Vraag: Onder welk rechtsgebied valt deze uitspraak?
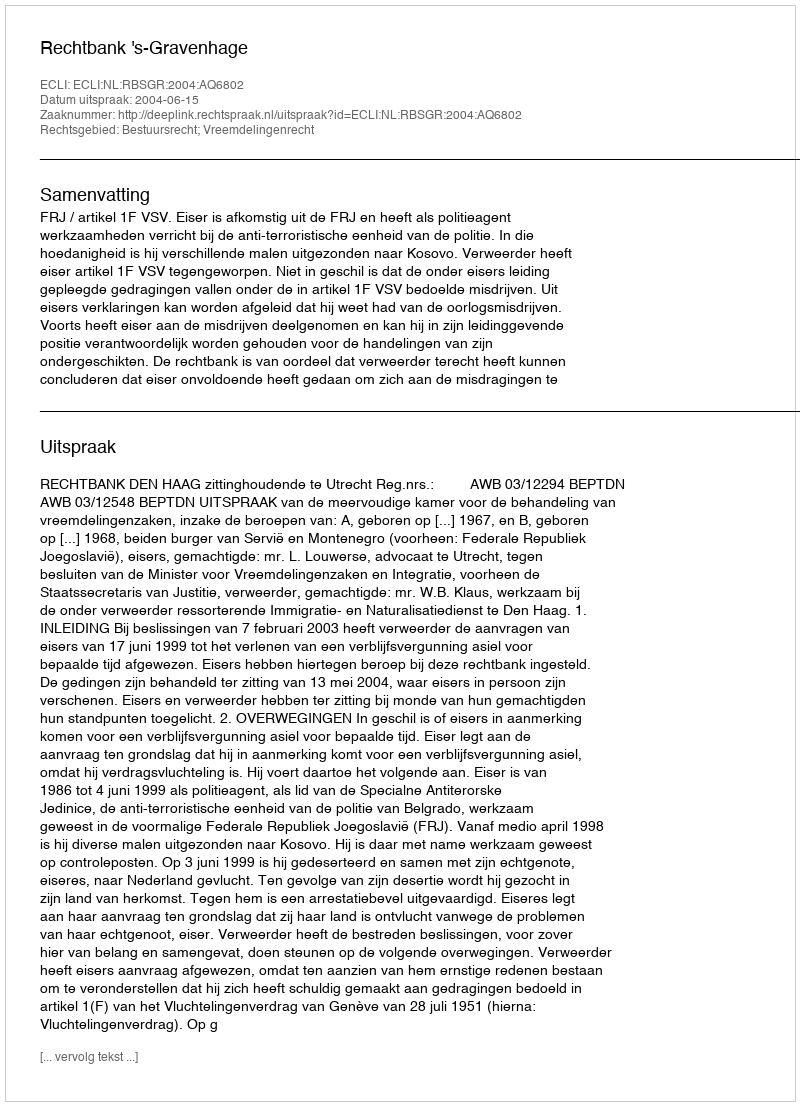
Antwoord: Bestuursrecht; Vreemdelingenrecht